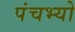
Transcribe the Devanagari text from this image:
पंचभ्यो